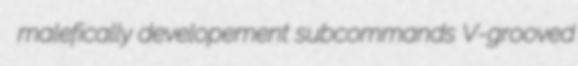
malefically developement subcommands V-grooved